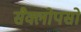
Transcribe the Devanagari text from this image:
सैक्लोपसो